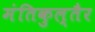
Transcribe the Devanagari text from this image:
मंतिकुल्तैर